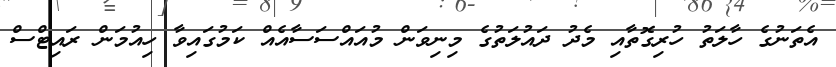
އެތަނުގެ ހާލަތު ހުރިގޮތާއި މެދު ދައުލަތުގެ މިނިވަން މުއައްސަސާއެއް ކަމުގައިވާ ހިއުމަން ރައިޓްސް